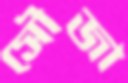
সৌজা